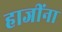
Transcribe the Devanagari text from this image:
हाजींना